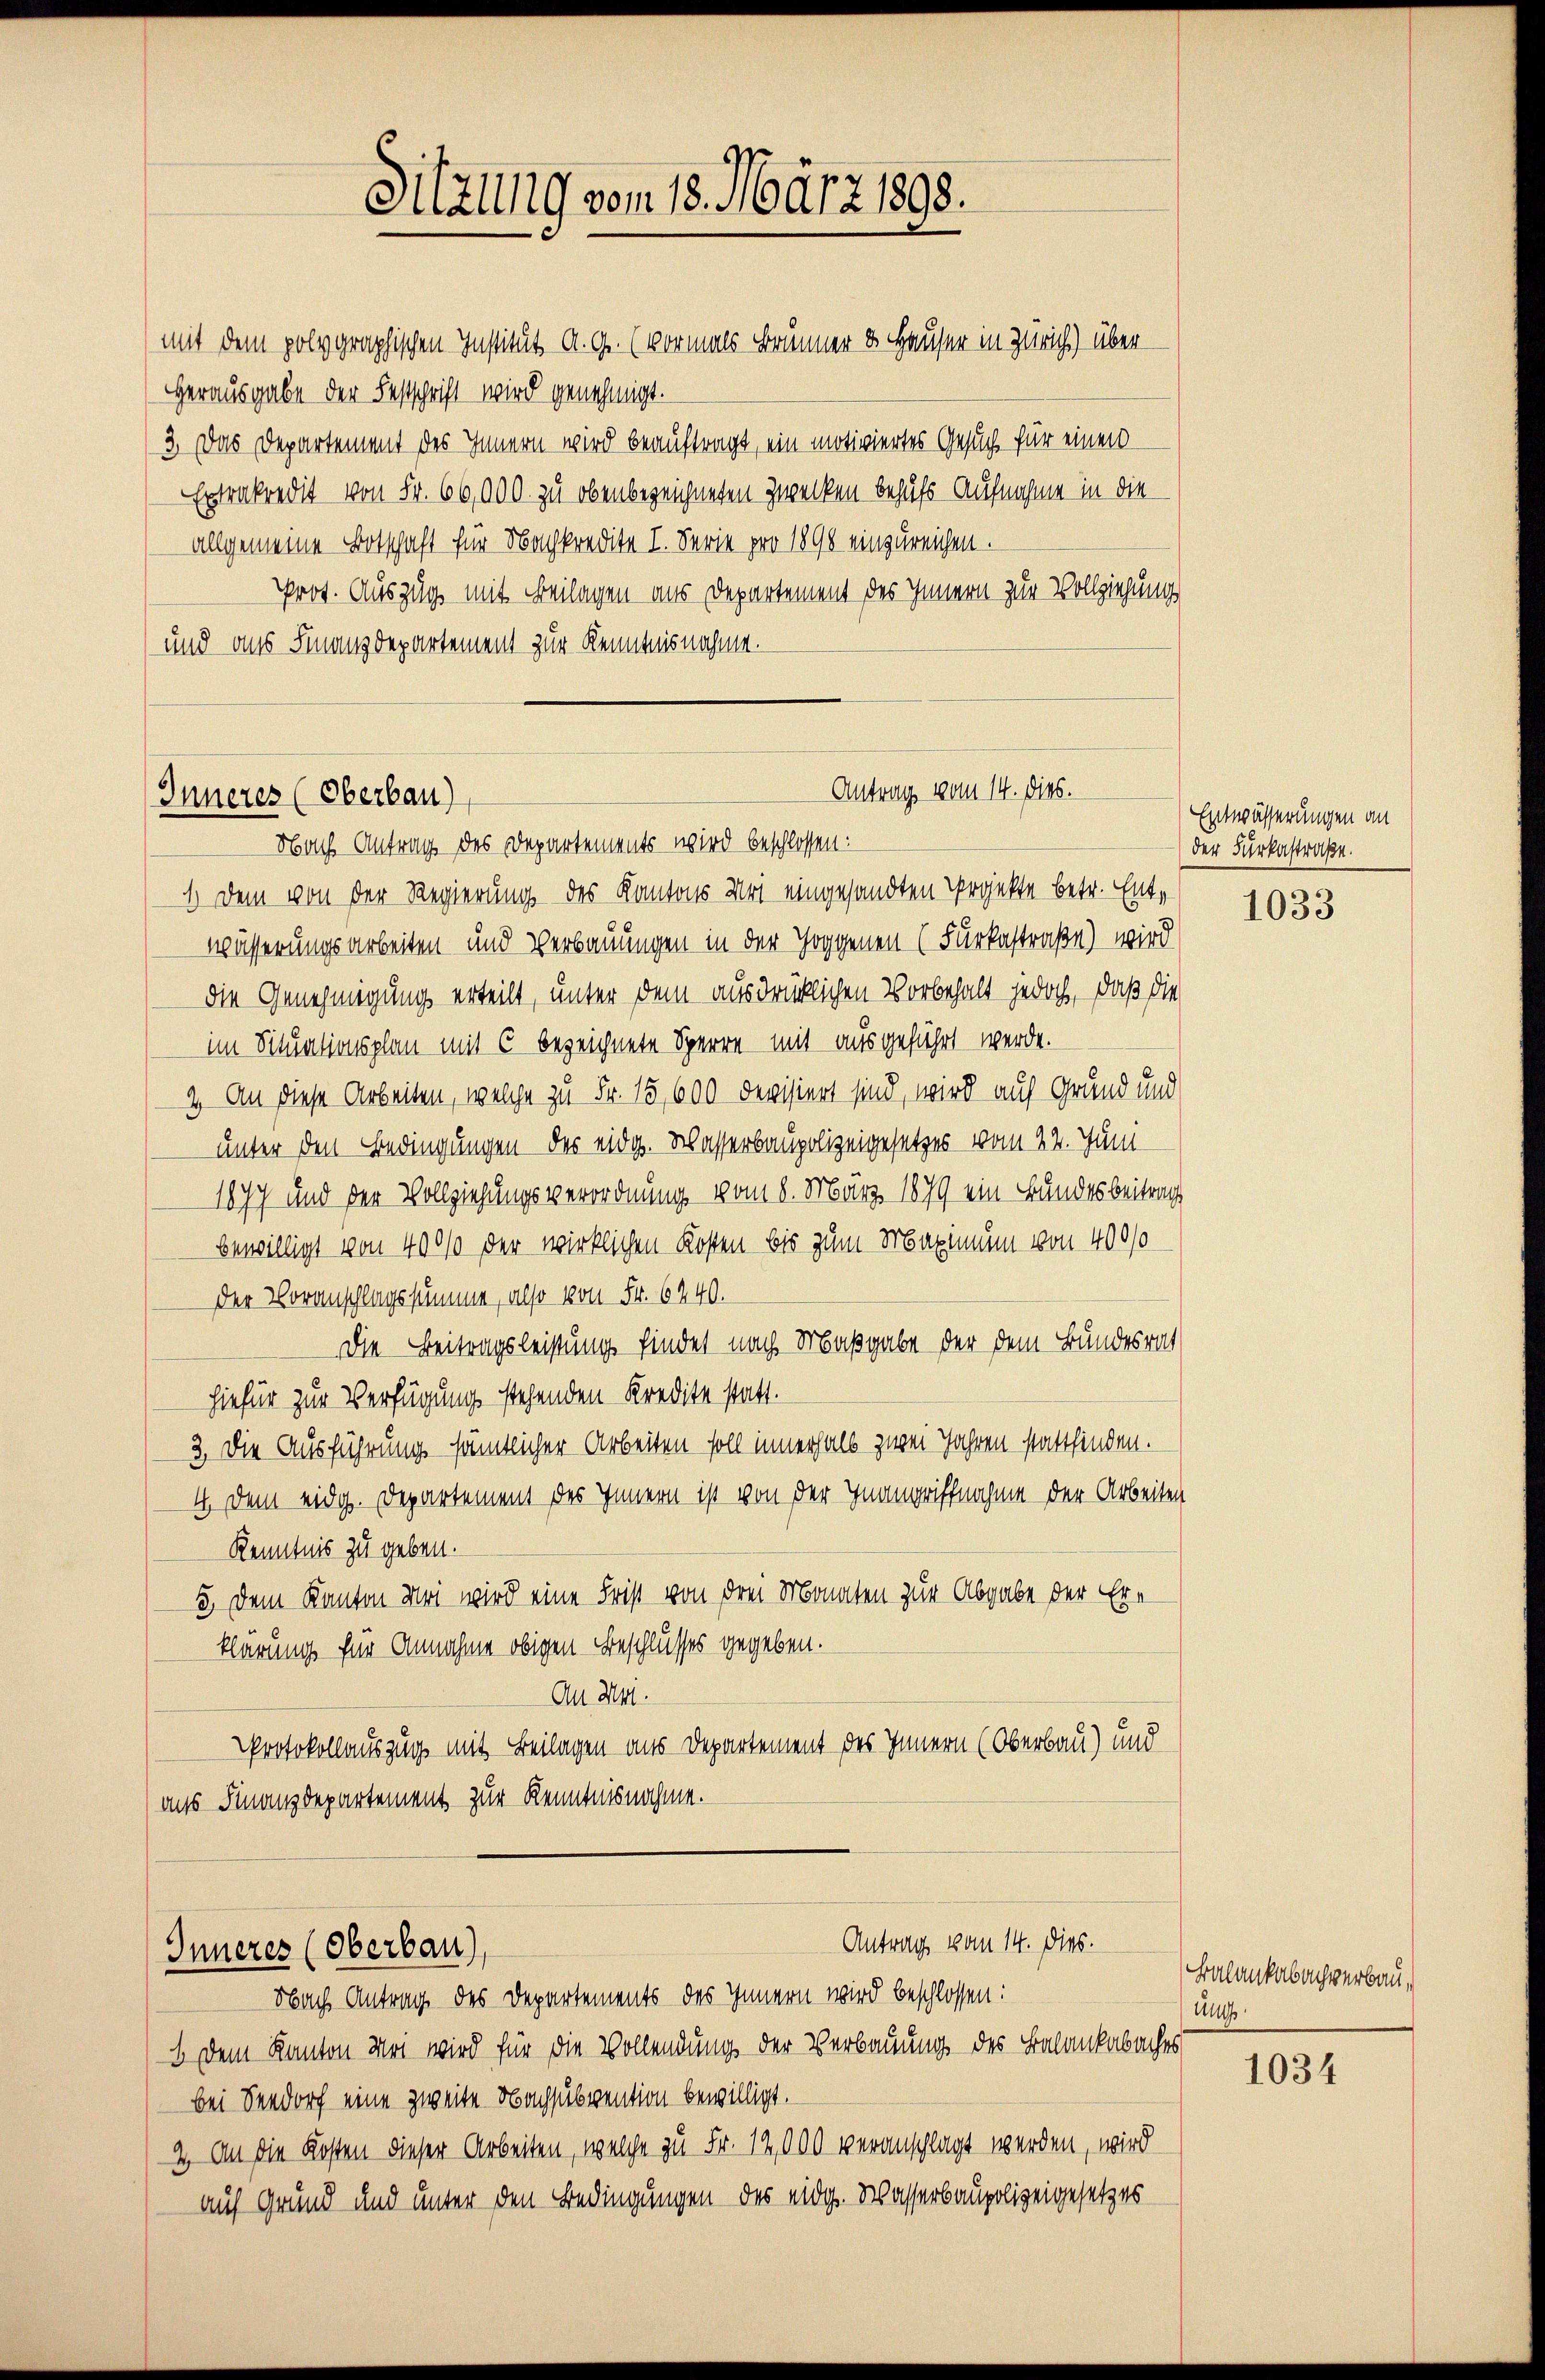
Inneres (Oberbau)

Sitzung vom 18. März 1898.
mit dem polygraphischen Institut A. G. (vormals Brunner ds Hauser in Zürich) über

Herausgabe der Festschrift wird genehmigt.
3. Das Departement des Innern wird beauftragt, ein motiviertes Gesuch für einen
Extrakredit von Fr. 66,000. zu obenbezeichneten Zwecken behufs Aufnahme in die
allgemeine Botschaft für Nachkredite I. Serie pro 1898 einzureichen.
Prot. Auszug mit Beilagen aus Departement des Innern zur Vollziehung
und ans Finanzdepartement zur Kenntnisnahme.
Nach Antrag des Departements wird beschlossen:
1. Dem von der Regierung des Kantons Uri eingesandten Projekte betr. Entwässerungsarbeiten und Verbauungen in der Hoggenen (Furkastraße) wird
die Genehmigung erteilt, unter dem ausdrücklichen Vorbehalt jedoch, daß die
im Situationsplan mit 6 bezeichnete Sperre mit ausgeführt werde.
2. An diese Arbeiten, welche zu Fr. 15, 600 devisiert sind, wird auf Grund und
unter den Bedingungen des eidg. Wasserbaupolizeigesetzes vom 24. Juni
1877 und der Vollziehungsverordnung vom 8. März 1879 ein Bundesbeitrag
bewilligt von 400% der wirklichen Kosten bis zum Maximum von 4000
der Voranschlagssumme, also von Fr. 6440.
Die Beitragsleistung findet nach Maßgabe der dem Bundesrat
hiefür zur Verfügung stehenden Kredite statt.
3. Die Ausführung sämtlicher Arbeiten soll innerhalb zwei Jahren stattfinden.
4 Dem eidg. Departement des Innern ist von der Inangriffnahme der Arbeiten
Kenntnis zu geben.
5. Dem Kanton Uri wird eine Frist von den Monaten zur Abgabe der Er-
klärung für Annahme obigen Beschlusses gegeben.
An Mai.
Protokollauszug mit Beilagen aus Departement des Innern (Oberbau) und
aus Finanzdepartement zur Kenntnisnahme.

Antrag vom 14. dies.

Antrag vom 14. Dies.
Inneres (Oberbau)
Nbach Antrag des Departements des Innern wird beschlossen:

b Dem Kanton Mai wird für die Vollendung der Verbauung des Balankabaches
bei Seedorf eine zweite Nachsubvention bewilligt.
2.) An die Kosten dieser Arbeiten, welche zu Fr. 12,000 veranschlagt werden, wird
auf Grund und unter den Bedingungen des eidg. Wasserbaupolizeigesetzes

Entwässerungen an
der Furkastraße.

1033

Balankabachverbau,
Un

1034